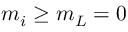
m _ { i } \ge m _ { L } = 0